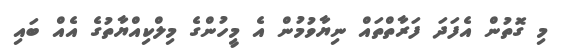
މި ގޮތުން އެފަދަ ފަރާތްތައް ނިޔާވުމުން އެ މީހުންގެ މިލްކިއްޔާތުގެ އެއް ބައި